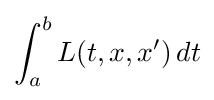
\int _{a}^{b}L(t,x,x')\,dt